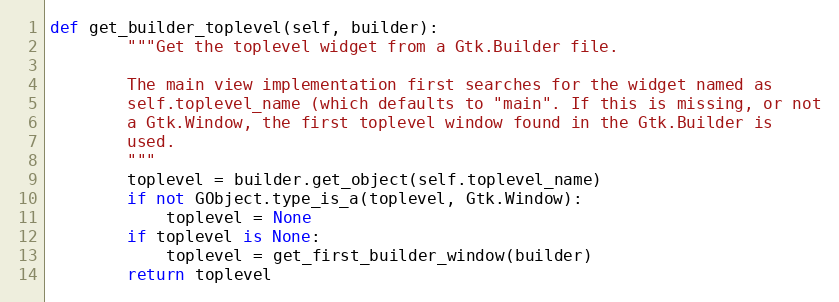
Language: Python
def get_builder_toplevel(self, builder):
        """Get the toplevel widget from a Gtk.Builder file.

        The main view implementation first searches for the widget named as
        self.toplevel_name (which defaults to "main". If this is missing, or not
        a Gtk.Window, the first toplevel window found in the Gtk.Builder is
        used.
        """
        toplevel = builder.get_object(self.toplevel_name)
        if not GObject.type_is_a(toplevel, Gtk.Window):
            toplevel = None
        if toplevel is None:
            toplevel = get_first_builder_window(builder)
        return toplevel